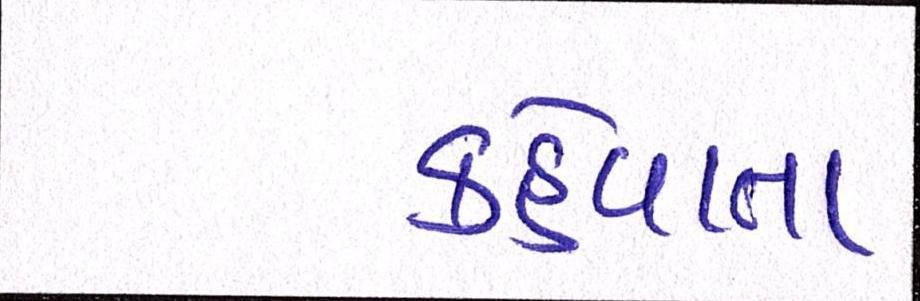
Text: કહેવાતા